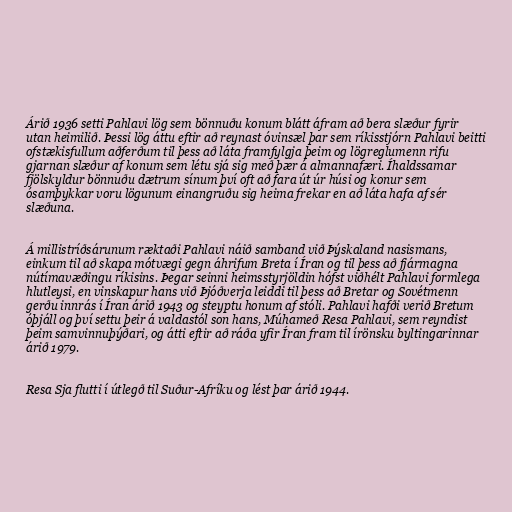
Árið 1936 setti Pahlavi lög sem bönnuðu konum blátt áfram að bera slæður fyrir
utan heimilið. Þessi lög áttu eftir að reynast óvinsæl þar sem ríkisstjórn Pahlavi beitti
ofstækisfullum aðferðum til þess að láta framfylgja þeim og lögreglumenn rifu
gjarnan slæður af konum sem létu sjá sig með þær á almannafæri. Íhaldssamar
fjölskyldur bönnuðu dætrum sínum því oft að fara út úr húsi og konur sem
ósamþykkar voru lögunum einangruðu sig heima frekar en að láta hafa af sér
slæðuna.

Á millistríðsárunum ræktaði Pahlavi náið samband við Þýskaland nasismans,
einkum til að skapa mótvægi gegn áhrifum Breta í Íran og til þess að fjármagna
nútímavæðingu ríkisins. Þegar seinni heimsstyrjöldin hófst viðhélt Pahlavi formlega
hlutleysi, en vinskapur hans við Þjóðverja leiddi til þess að Bretar og Sovétmenn
gerðu innrás í Íran árið 1943 og steyptu honum af stóli. Pahlavi hafði verið Bretum
óþjáll og því settu þeir á valdastól son hans, Múhameð Resa Pahlavi, sem reyndist
þeim samvinnuþýðari, og átti eftir að ráða yfir Íran fram til írönsku byltingarinnar
árið 1979.

Resa Sja flutti í útlegð til Suður-Afríku og lést þar árið 1944.